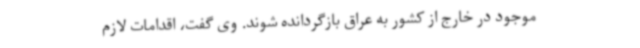
موجود در خارج از کشور به عراق بازگردانده شوند. وی گفت، اقدامات لازم